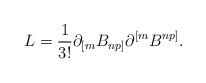
LaTeX: \begin{align*}L={1\over{3!}}\partial_{[m}B_{np]}\partial^{[m}B^{np]}.\end{align*}